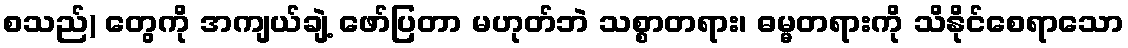
စသည်) တွေကို အကျယ်ချဲ့ ဖော်ပြတာ မဟုတ်ဘဲ သစ္စာတရား၊ ဓမ္မတရားကို သိနိုင်စေရာသော